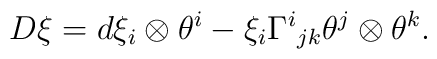
D \xi = d\xi_i \otimes \theta^i - \xi_i \Gamma^i{}_{jk} \theta^j \otimes \theta^k.